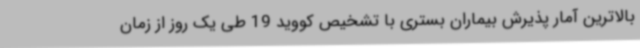
بالاترین آمار پذیرش بیماران بستری با تشخیص کووید 19 طی یک روز از زمان